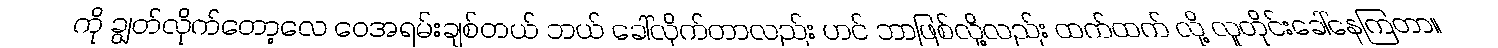
ကို ချွတ်လိုက်တော့လေ ဝေအရမ်းချစ်တယ် ဘယ် ခေါ်လိုက်တာလည်း ဟင် ဘာဖြစ်လို့လည်း ထက်ထက် လို့ လူတိုင်းခေါ်နေကြတာ။